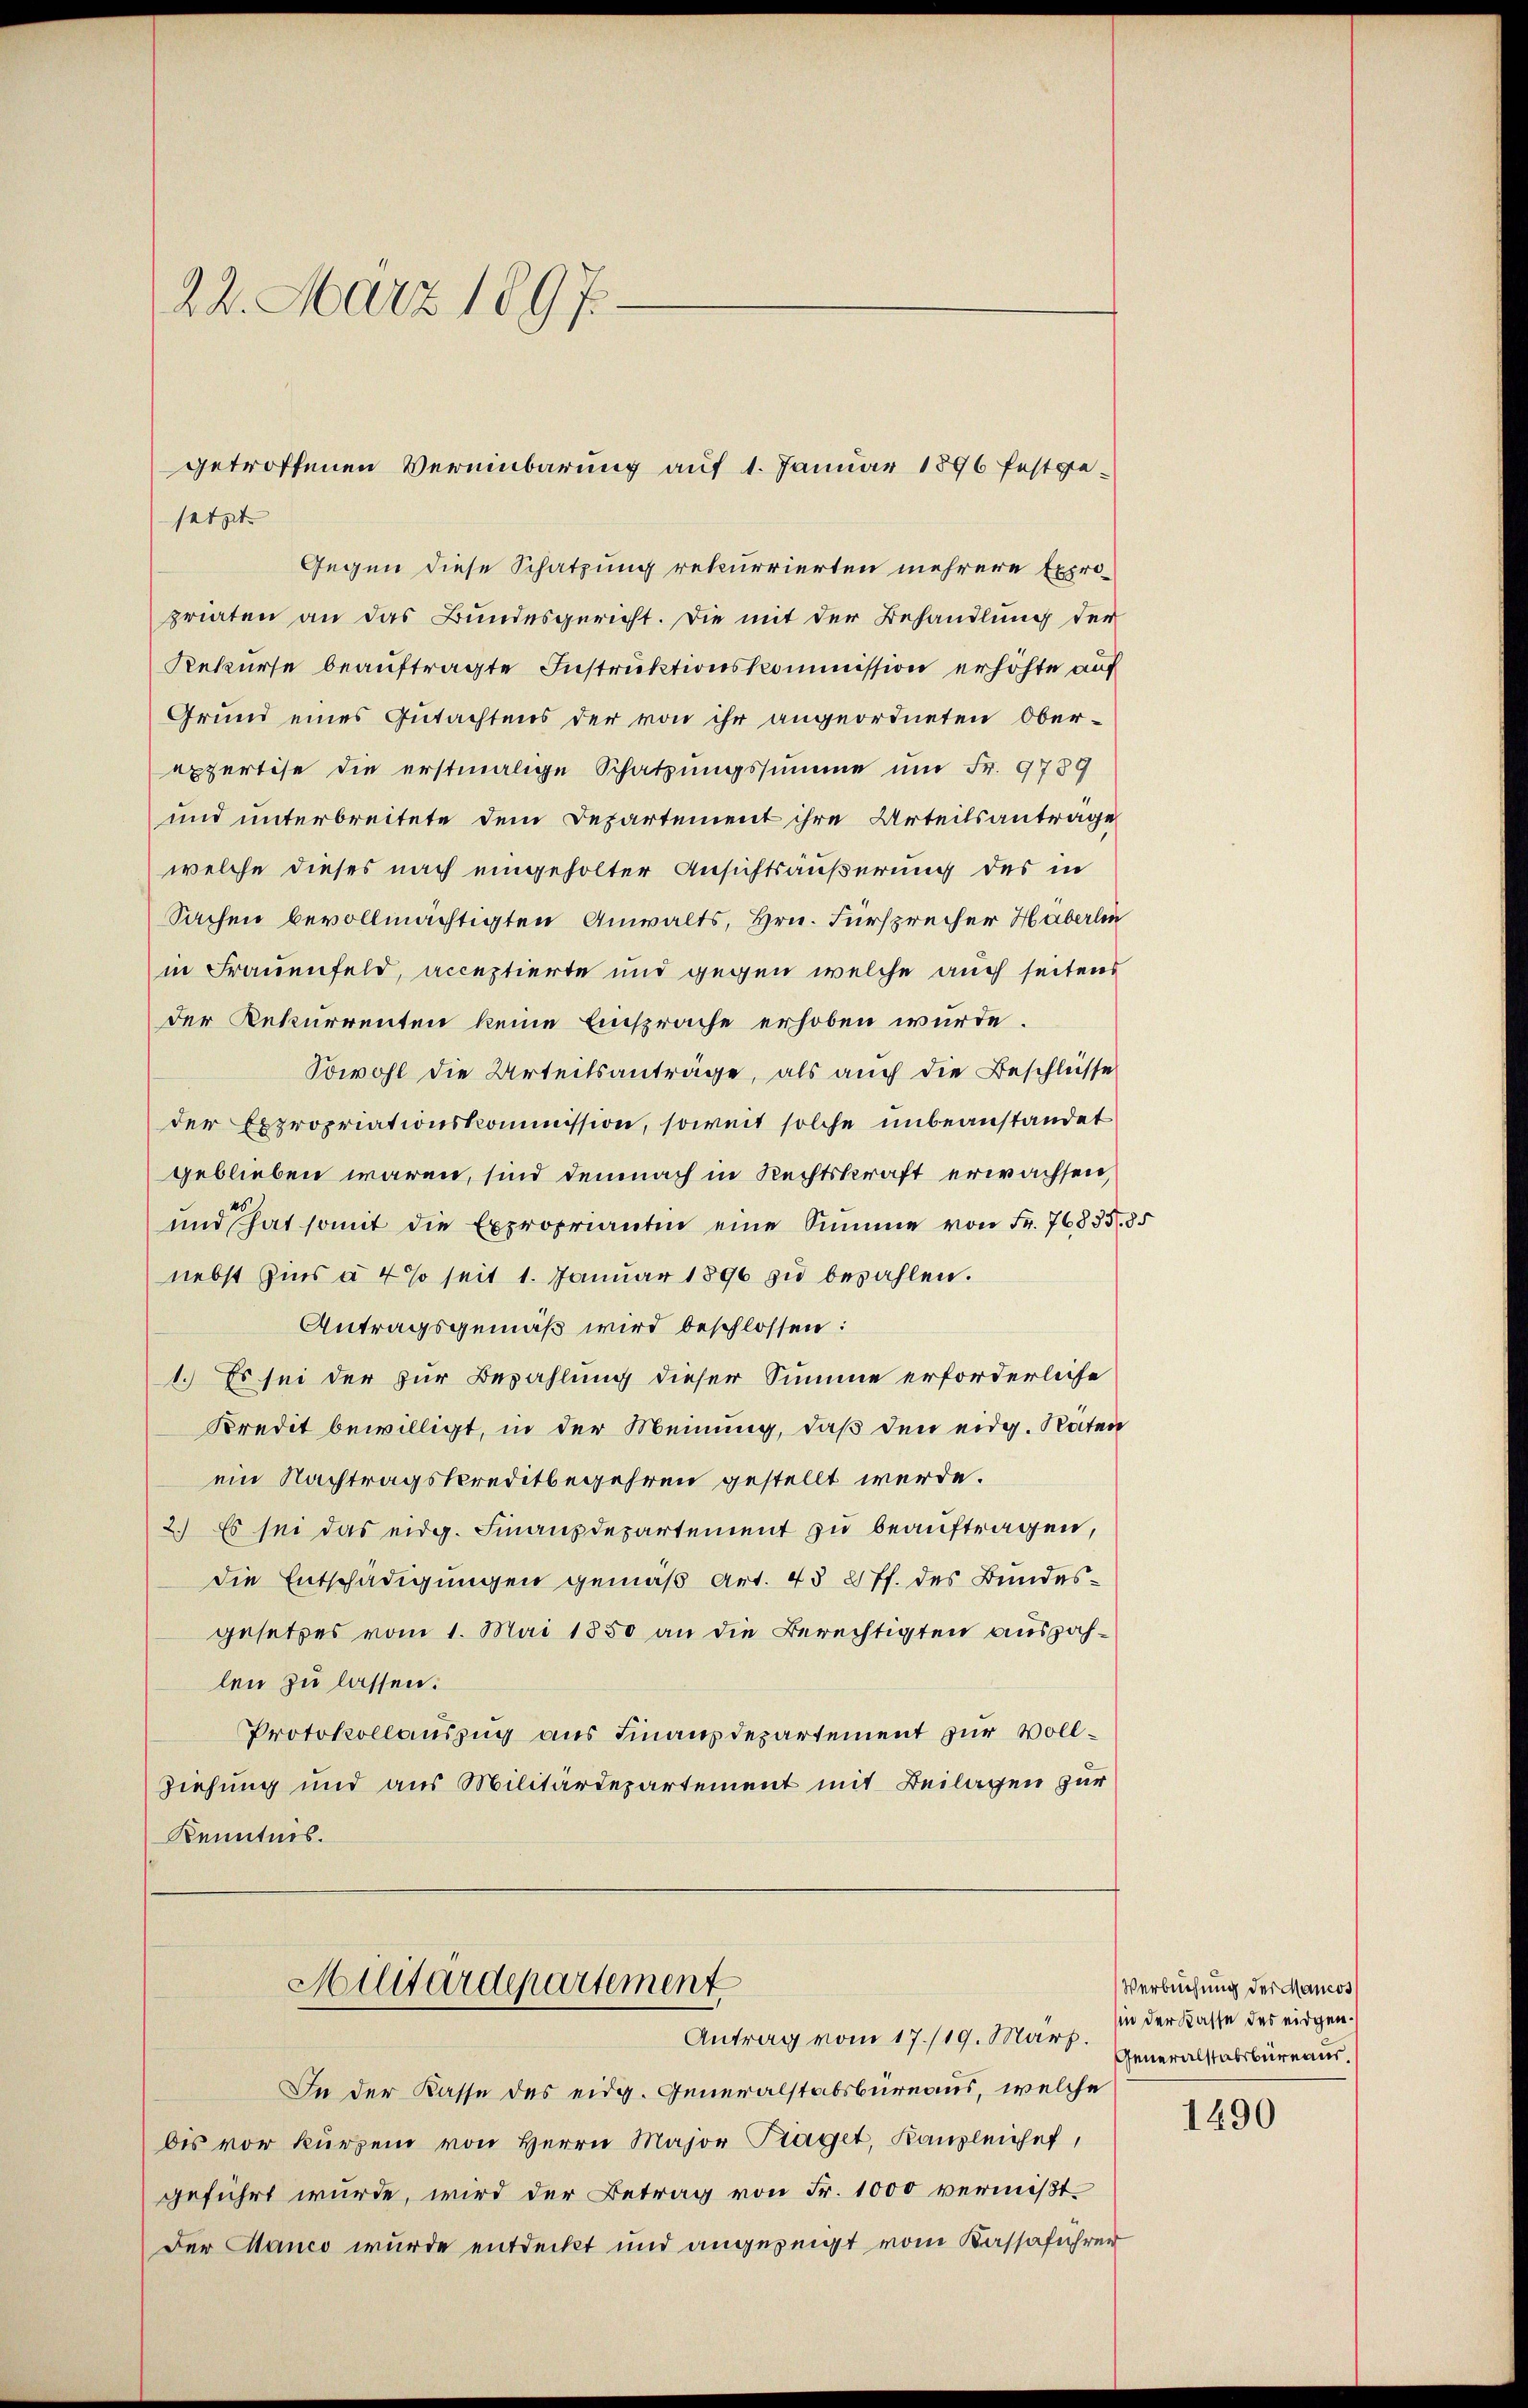
22. März 1897.

Gegen diese Schatzung rekurrierten mehrere Expro-
priaten an das Bundesgericht. Die mit der Behandlung der
Rekurse beauftragte Instruktionskommission erhöhte auf
Grund eines Gutachtens der von ihr angeordneten Ober-
expertise die erstmalige Schatzungssumme um Fr. 9789
und unterbreitete dem Departement ihre Urteilsantrage
welche dieses nach eingeholter Ansichtsäußerung des in
Sachen bevollmächtigten Anwalts, Hrn. Fürsprecher Haberlin
in Frauenfeld, acceptierte und gegen welche auch seitens
der Rekurrenten keine Einsprache erhoben würde.
Sowohl die Urteilsanträge, als auch die Beschlüsse
der Expropriationskommission, soweit solche unbeanstandet
geblieben waren, sind demnach in Rechtskraft erwachsen,
und hat somit die Expropriantin eine Summe von Fr. 76835. 85
nebst Zins à 4% seit 1. Januar 1896 zŭ bezahlen.
Antragsgemäß wird beschlossen:
1.) Es sei der zur Bezahlung dieser Summe erforderliche
Kredit bewilligt, in der Meinung, daß den eidg. Raten
ein Nachtragskreditbegehren gestellt werde.
2.) Es sei das eidg. Finanzdepartement zu beauftragen,
die Entschädigungen gemäß Art. 438 ff. des Bundes-
gesetzes vom 1. Mai 1850 an die Berechtigten auszahlen zu lassen.
Protokollauszug aus Finanzdepartement zur Voll¬
Ziehung und aus Militärdepartement mit Beilagen zur
Kenntnis.

getroffenen Vereinbarung auf 1. Januar 1896 festgesetzt

Militärdepartement
Antrag vom 17./19. März. Generalstabsbureaus.

In der Kasse des eidg. Generalstabsbureaus, welche
dis vor kürzen von Herrn Major Fraget, Kanzleichef,
geführt wurde, wird der Betrag von Fr. 1000 vermißt.
Der Manco wurde entdeckt und angezeigt vom Kassaführer

Verbuchung der Mancos
in der Kasse des eidgen.

1490